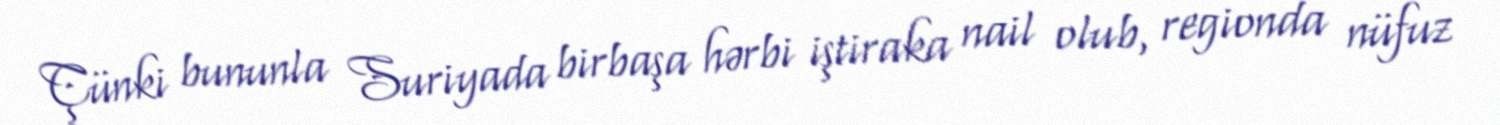
Çünki bununla Suriyada birbaşa hərbi iştiraka nail olub, regionda nüfuz